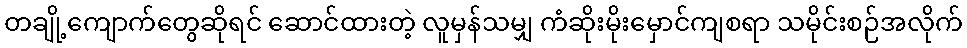
တချို့ကျောက်တွေဆိုရင် ဆောင်ထားတဲ့ လူမှန်သမျှ ကံဆိုးမိုးမှောင်ကျစရာ သမိုင်းစဉ်အလိုက်